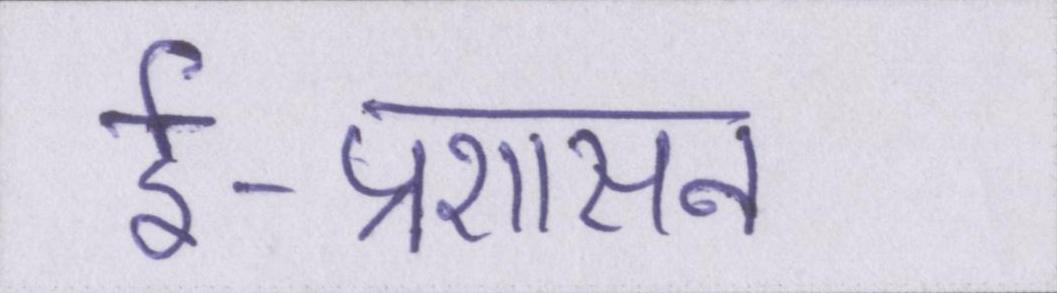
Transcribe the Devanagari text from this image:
ई-प्रशासन